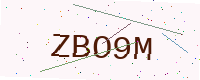
Text: ZBO9M